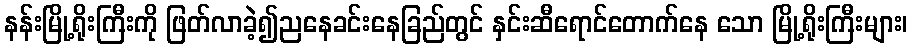
နန်းမြို့ရိုးကြီးကို ဖြတ်လာခဲ့၍ညနေခင်းနေခြည်တွင် နှင်းဆီရောင်တောက်နေ သော မြို့ရိုးကြီးများ၊